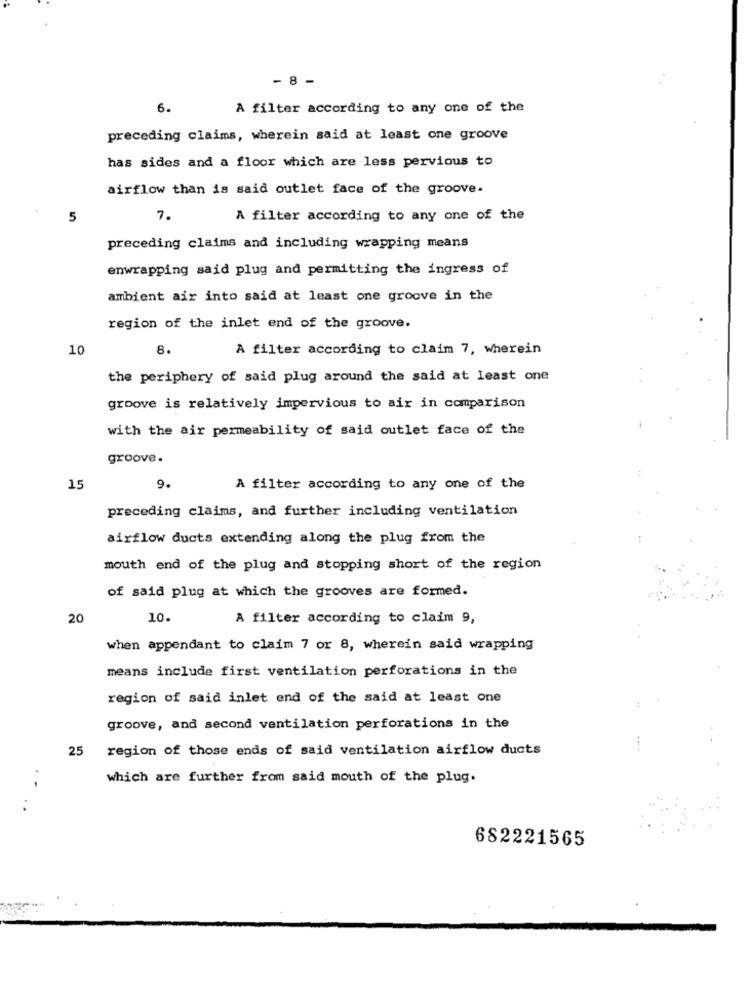
- 8 -
6.
A filter according to any one of the
preceding claims, wherein said at least one groove
has sides and a floor which are less pervious to
airflow than is said outlet face of the groove.
5
7.
A filter according to any one of the
preceding claims and including wrapping means
enwrapping said plug and permitting the ingress of
ambient air into said at least one groove in the
region of the inlet end of the groove.
10
8.
A filter according to claim 7, wherein
the periphery of said plug around the said at least one
groove is relatively impervious to air in comparison
with the air permeability of said outlet face of the
groove.
15
9.
A filter according to any one of the
preceding claims, and further including ventilation
airflow ducts extending along the plug from the
mouth end of the plug and stopping short of the region
of said plug at which the grooves are formed.
20
10.
A filter according to claim 9,
when appendant to claim 7 or 8, wherein said wrapping
means include first ventilation perforations in the
region of said inlet end of the said at least one
groove, and second ventilation perforations in the
25
region of those ends of said ventilation airflow ducts
which are further from said mouth of the plug.
682221565